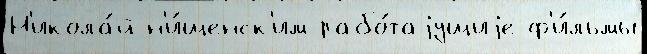
Н'икола́й н'и́щенск'им рабо́таjущиjе ф'и́льмы